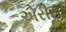
એરીસ